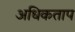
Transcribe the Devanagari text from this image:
अधिकताप